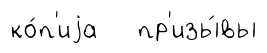
ко́п'иjа пр'изы́вы